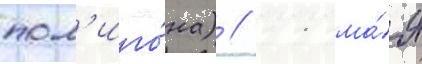
пол'иго́на) // 11 ма́я